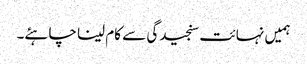
ہمیں نہائت سنجیدگی سے کام لینا چاہئے۔